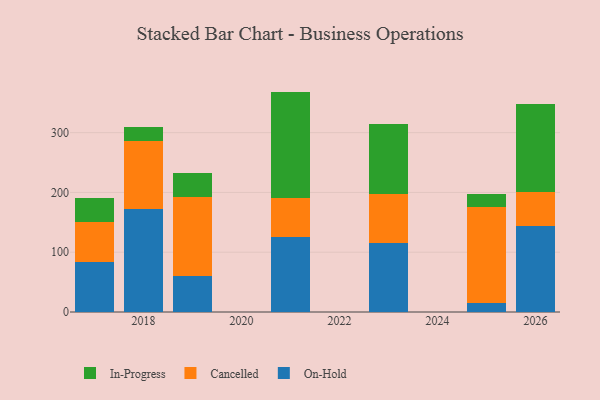
{"axis": {"x": "Year", "y": "Budget (USD K)"}, "legend": ["Cancelled", "In-Progress", "On-Hold"], "data": [{"x": "2025", "y": 15.8, "type": "On-Hold"}, {"x": "2025", "y": 159.4, "type": "Cancelled"}, {"x": "2025", "y": 21.7, "type": "In-Progress"}, {"x": "2021", "y": 125.5, "type": "On-Hold"}, {"x": "2021", "y": 65.9, "type": "Cancelled"}, {"x": "2021", "y": 177.3, "type": "In-Progress"}, {"x": "2018", "y": 173.1, "type": "On-Hold"}, {"x": "2018", "y": 112.2, "type": "Cancelled"}, {"x": "2018", "y": 23.8, "type": "In-Progress"}, {"x": "2017", "y": 83.5, "type": "On-Hold"}, {"x": "2017", "y": 67.5, "type": "Cancelled"}, {"x": "2017", "y": 39.6, "type": "In-Progress"}, {"x": "2019", "y": 59.9, "type": "On-Hold"}, {"x": "2019", "y": 132.2, "type": "Cancelled"}, {"x": "2019", "y": 39.9, "type": "In-Progress"}, {"x": "2023", "y": 115.2, "type": "On-Hold"}, {"x": "2023", "y": 82.6, "type": "Cancelled"}, {"x": "2023", "y": 117.4, "type": "In-Progress"}, {"x": "2026", "y": 143.1, "type": "On-Hold"}, {"x": "2026", "y": 58.2, "type": "Cancelled"}, {"x": "2026", "y": 147.4, "type": "In-Progress"}]}